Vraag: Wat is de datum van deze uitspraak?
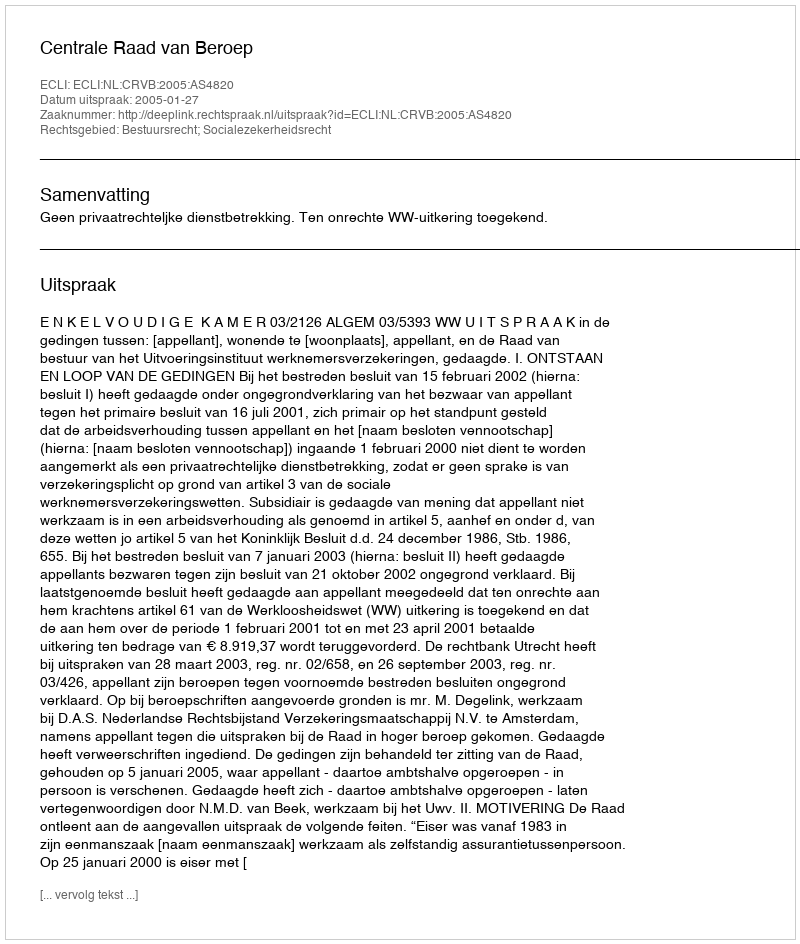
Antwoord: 2005-01-27